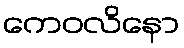
ကေဝလိနော